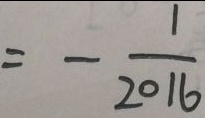
= - \frac { 1 } { 2 0 1 6 }